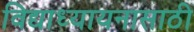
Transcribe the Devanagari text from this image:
विद्याध्यायनासाठी